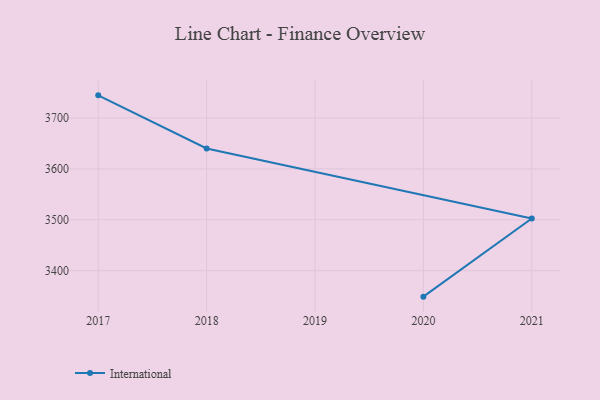
{"axis": {"x": "Year", "y": "Humidity (%)"}, "legend": ["International"], "data": [{"x": "2017", "y": 3744.4, "type": "International"}, {"x": "2018", "y": 3640.1, "type": "International"}, {"x": "2021", "y": 3502.5, "type": "International"}, {"x": "2020", "y": 3349.1, "type": "International"}]}